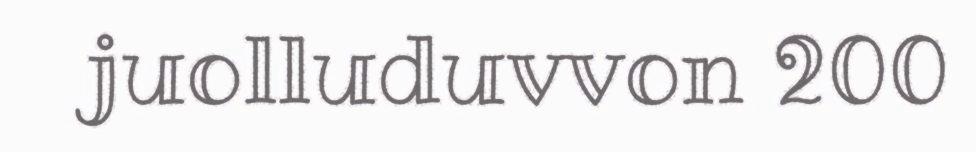
juolluduvvon 200